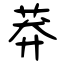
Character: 莽